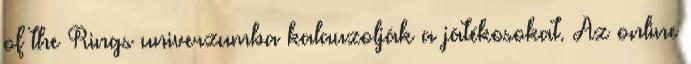
of the Rings univerzumba kalauzolják a játékosokat. Az online